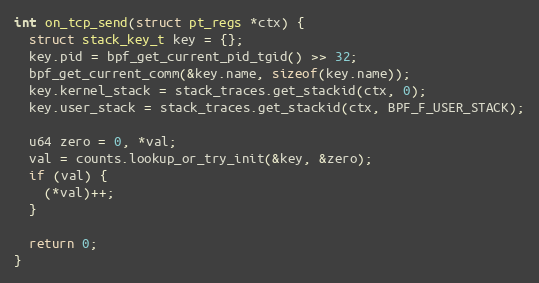
Language: C++
int on_tcp_send(struct pt_regs *ctx) {
  struct stack_key_t key = {};
  key.pid = bpf_get_current_pid_tgid() >> 32;
  bpf_get_current_comm(&key.name, sizeof(key.name));
  key.kernel_stack = stack_traces.get_stackid(ctx, 0);
  key.user_stack = stack_traces.get_stackid(ctx, BPF_F_USER_STACK);

  u64 zero = 0, *val;
  val = counts.lookup_or_try_init(&key, &zero);
  if (val) {
    (*val)++;
  }

  return 0;
}